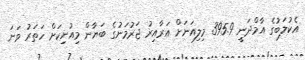
އެކުލަބުގެ އާމްދަނީ 395.9 މިލިއަނަށް އަރާއިރު ޖަރުމަނުގެ ބަޔާން މިއުނިކަށް ހަތަރު ވަނަ